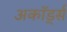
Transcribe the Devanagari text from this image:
अकॉर्ड्स